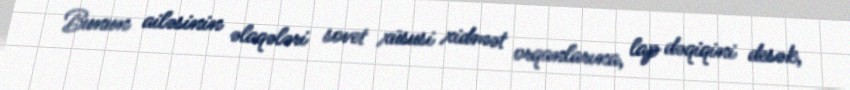
Bunun ailəsinin əlaqələri sovet xüsusi xidmət orqanlarına, lap dəqiqini desək,